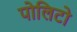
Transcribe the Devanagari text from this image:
पोलिटो